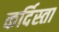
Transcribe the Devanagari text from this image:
कर्दिस्ता